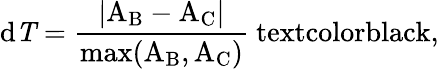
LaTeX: \mathrm{{d}\mathit{T}=\frac{|A_{\mathrm{B}}-A_{\mathrm{C}}|}{\operatorname*{max}(A_{\mathrm{B}},A_{\mathrm{C}})}{\ textcolor{black}{,}}}